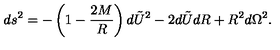
d s ^ { 2 } = - \left( 1 - \frac { 2 M } { R } \right) d \tilde { U } ^ { 2 } - 2 d \tilde { U } d R + R ^ { 2 } d \Omega ^ { 2 } .